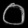
Digit: ၀